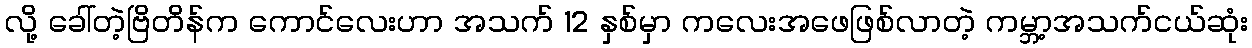
လို့ ခေါ်တဲ့ဗြိတိန်က ကောင်လေးဟာ အသက် 12 နှစ်မှာ ကလေးအဖေဖြစ်လာတဲ့ ကမ္ဘာ့အသက်ငယ်ဆုံး